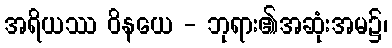
အရိယဿ ဝိနယေ - ဘုရား၏အဆုံးအမ၌၊